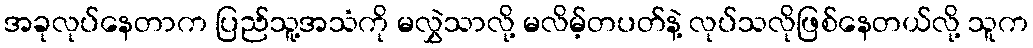
အခုလုပ်နေတာက ပြည်သူ့အသံကို မလွှဲသာလို့ မလိမ့်တပတ်နဲ့ လုပ်သလိုဖြစ်နေတယ်လို့ သူက